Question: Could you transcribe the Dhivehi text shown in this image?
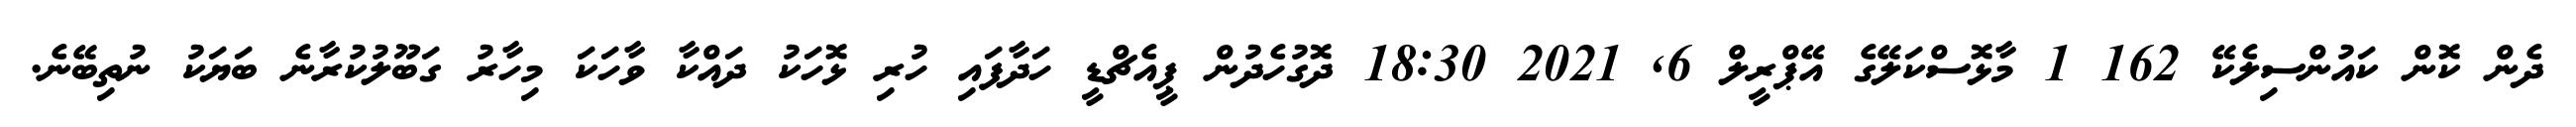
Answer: ދެން ކޮން ކައުންސިލެކޭ 162 1 މާޅޮސްކަލޭގެ އޭޕްރީލް 6, 2021 18:30 ދޮގުހެދުން ޕީއެޗްޑީ ހަދާފައި ހުރި ޅޮހަކު ދައްކާ ވާހަކަ މިހާރު ގަބޫލުކުރާނެ ބަޔަކު ނުތިބޭނެ.